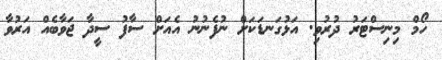
ހޯމް މިނިސްޓަރު ދުރުވި. އަޅުގަނޑަކަށް ނުފެނުނު އެއަށް ސާފު ސީދާ ޖަވާބެއް އަރުވާ